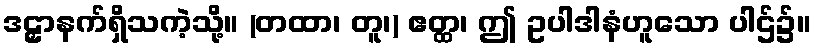
ဒဠှာနက်ရှိသကဲ့သို့။ (တထာ၊ တူ၊) ဧတ္ထ၊ ဤ ဥပါဒါနံဟူသော ပါဌ်၌။